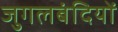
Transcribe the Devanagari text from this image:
जुगलबंदियों